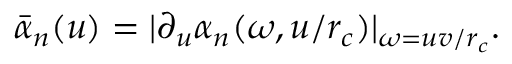
\bar { \alpha } _ { n } ( u ) = | \partial _ { u } \alpha _ { n } ( \omega , u / r _ { c } ) | _ { \omega = u v / r _ { c } } .